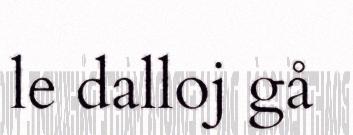
le dalloj gå